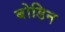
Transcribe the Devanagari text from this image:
बोडिन